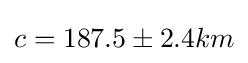
c=187.5\pm 2.4km